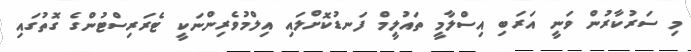
މި ސަރުކާރުން ވަނީ އަރަބި އިސްލާމީ ތައުލީމް ފަނޑުކޮށްލައި އިލްމުވެރިންނަކީ ޓެރަރިސްޓުންގެ ގޮތުގައި